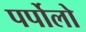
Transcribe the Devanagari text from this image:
पर्पोलो